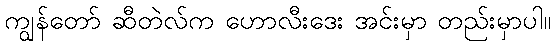
ကျွန်တော် ဆီတဲလ်က ဟောလီးဒေး အင်းမှာ တည်းမှာပါ။